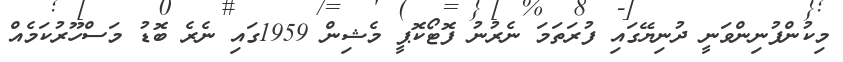
މިކުންފުނިންވަނީ ދުނިޔޭގައި ފުރަތަމަ ނެރުނު ފޮޓޯކޮޕީ މެޝިން 1959ގައި ނެރެ ބޮޑު މަސްހޫރުކަމެއް